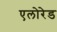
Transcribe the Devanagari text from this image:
एलोरेड